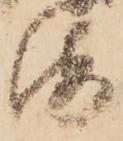
海